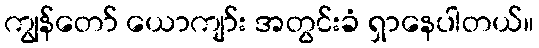
ကျွန်တော် ယောကျာ်း အတွင်းခံ ရှာနေပါတယ်။